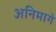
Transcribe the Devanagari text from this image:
अनिमागे